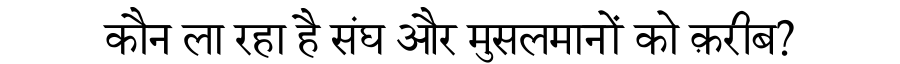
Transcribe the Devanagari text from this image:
कौन ला रहा है संघ और मुसलमानों को क़रीब?